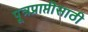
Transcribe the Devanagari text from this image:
पूत्रप्राप्तीसाठी